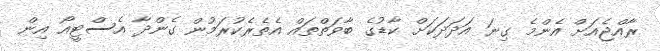
ރާއްޖެއަށް އެންމެ ގިނަ އަދަދަކަށް ކާޑުގެ ބާވަތްތައް އެތެެރެކުރަމުން ގެންދާ އެސްޓީއޯ އިން